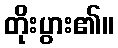
တိုးပွား၏။